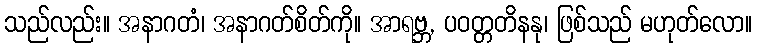
သည်လည်း။ အနာဂတံ၊ အနာဂတ်စိတ်ကို။ အာရဗ္ဘ, ပဝတ္တတိနနု၊ ဖြစ်သည် မဟုတ်လော။